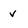
Character: v